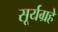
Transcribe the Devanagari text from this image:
सूर्यग्रहे